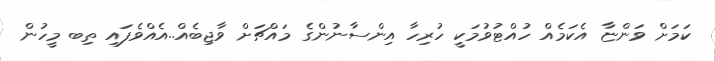
ކަމަށް ވަންޏާ އެކަމެއް ހުއްޓުވުމަކީ ހުރިހާ އިންސާނުންގެ މައްޗަށް ވާޖިބެއް..އެއްވެފައި ތިބ މީހުން